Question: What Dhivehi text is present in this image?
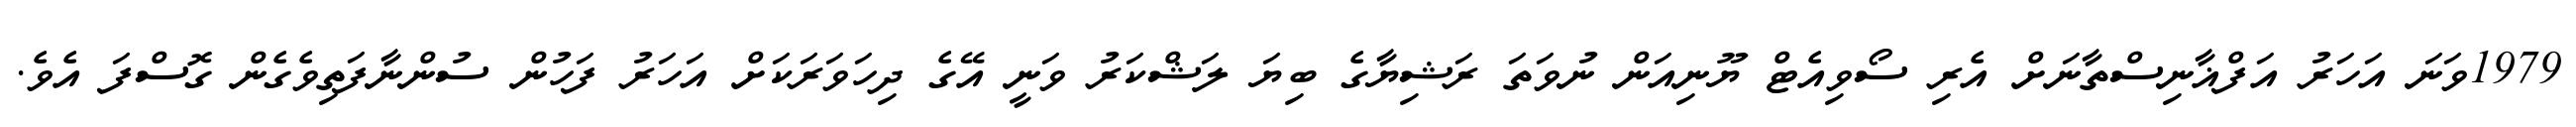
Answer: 1979ވަނަ އަހަރު އަފްޣާނިސްތާނަށް އެރި ސޯވިއެޓް ޔޫނިއަން ނުވަތަ ރަޝިޔާގެ ބިޔަ ލަޝްކަރު ވަނީ އޭގެ ދިހަވަރަކަށް އަހަރު ފަހުން ސުންނާފަތިވެގެން ގޮސްފަ އެވެ.